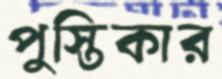
পুস্তিকার